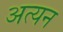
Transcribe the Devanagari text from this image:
अत्यन